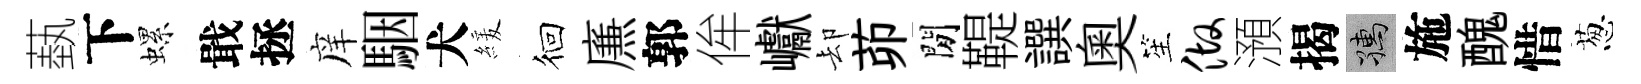
蓺下螺戢拯庠駰犬緩徊㢘郭侔巘却茆閒鞮譔奥笙做澦揭孺施醜惜葱